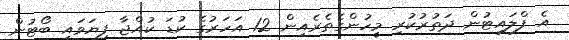
އެ ފްލައިޓުން ދަތުރުކުރި މީހުންގެތެރެއިން 12 އަހަރުގެ ކުޑަ ކުއްޖާ ފިޔަވައި ބޯޓުން